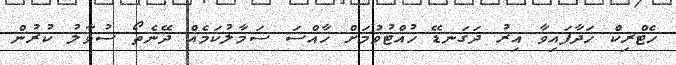
ހެޓްރިކް ހަދާފައިވާ އިރު ދަގަނޑޭ ހުއްޓުވުމަށް ހާއްސަ ސަމާލުކަމެއް ދޭނެތޯ ސުވާލު ކުރުން